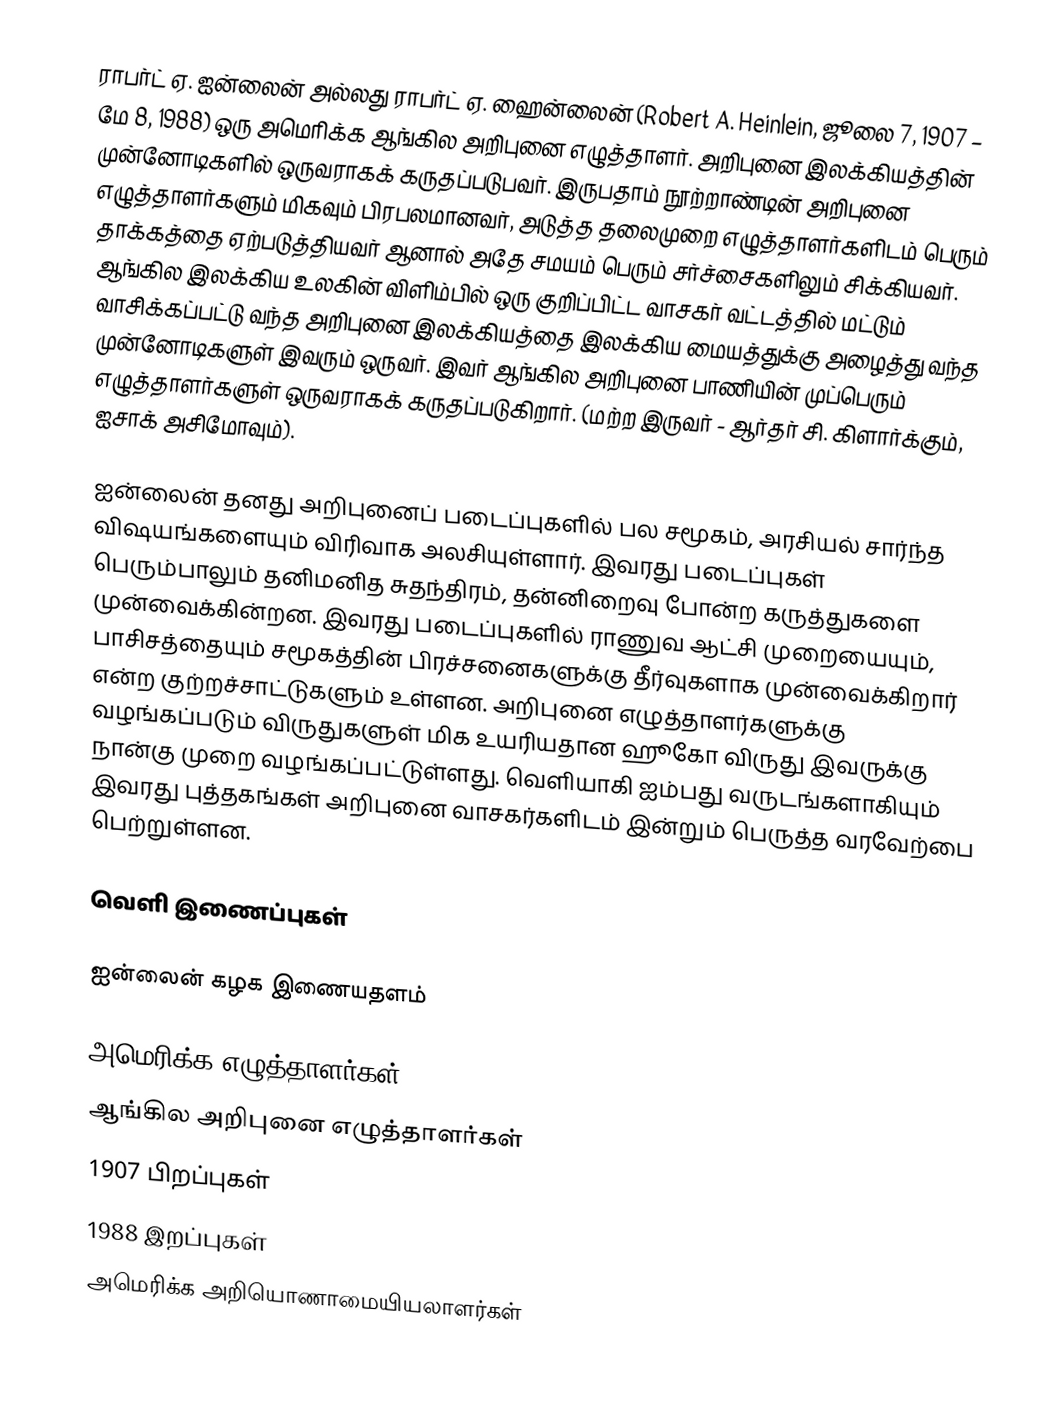
ராபர்ட் ஏ. ஐன்லைன் அல்லது ராபர்ட் ஏ. ஹைன்லைன் (Robert A. Heinlein, ஜூலை 7, 1907 – மே 8, 1988) ஒரு அமெரிக்க ஆங்கில அறிபுனை எழுத்தாளர். அறிபுனை இலக்கியத்தின் முன்னோடிகளில் ஒருவராகக் கருதப்படுபவர். இருபதாம் நூற்றாண்டின் அறிபுனை எழுத்தாளர்களும் மிகவும் பிரபலமானவர், அடுத்த தலைமுறை எழுத்தாளர்களிடம் பெரும் தாக்கத்தை ஏற்படுத்தியவர் ஆனால் அதே சமயம் பெரும் சர்ச்சைகளிலும் சிக்கியவர். ஆங்கில இலக்கிய உலகின் விளிம்பில் ஒரு குறிப்பிட்ட வாசகர் வட்டத்தில் மட்டும் வாசிக்கப்பட்டு வந்த அறிபுனை இலக்கியத்தை இலக்கிய மையத்துக்கு அழைத்து வந்த முன்னோடிகளுள் இவரும் ஒருவர். இவர் ஆங்கில அறிபுனை பாணியின் முப்பெரும் எழுத்தாளர்களுள் ஒருவராகக் கருதப்படுகிறார். (மற்ற இருவர் - ஆர்தர் சி. கிளார்க்கும், ஐசாக் அசிமோவும்).

ஐன்லைன் தனது அறிபுனைப் படைப்புகளில் பல சமூகம், அரசியல் சார்ந்த விஷயங்களையும் விரிவாக அலசியுள்ளார். இவரது படைப்புகள் பெரும்பாலும் தனிமனித சுதந்திரம், தன்னிறைவு போன்ற கருத்துகளை முன்வைக்கின்றன. இவரது படைப்புகளில் ராணுவ ஆட்சி முறையையும், பாசிசத்தையும் சமூகத்தின் பிரச்சனைகளுக்கு தீர்வுகளாக முன்வைக்கிறார் என்ற குற்றச்சாட்டுகளும் உள்ளன. அறிபுனை எழுத்தாளர்களுக்கு வழங்கப்படும் விருதுகளுள் மிக உயரியதான ஹூகோ விருது இவருக்கு நான்கு முறை வழங்கப்பட்டுள்ளது. வெளியாகி ஐம்பது வருடங்களாகியும் இவரது புத்தகங்கள் அறிபுனை வாசகர்களிடம் இன்றும் பெருத்த வரவேற்பை பெற்றுள்ளன.

வெளி இணைப்புகள்

 ஐன்லைன் கழக இணையதளம்

அமெரிக்க எழுத்தாளர்கள்
ஆங்கில அறிபுனை எழுத்தாளர்கள்
1907 பிறப்புகள்
1988 இறப்புகள்
அமெரிக்க அறியொணாமையியலாளர்கள்